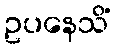
ဥပနေသိံ